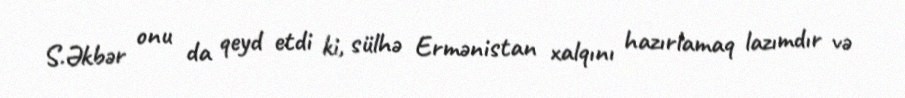
S.Əkbər onu da qeyd etdi ki, sülhə Ermənistan xalqını hazırlamaq lazımdır və